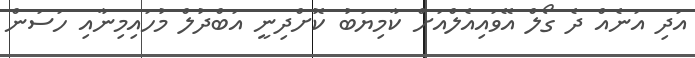
އަދި އަނެއް ދެ ގޯލް އޭވައިއެލްއަށް ކާމިޔަބު ކޮށްދިނީ އަބްދުލް މުހައިމިނާއި ހަސަން